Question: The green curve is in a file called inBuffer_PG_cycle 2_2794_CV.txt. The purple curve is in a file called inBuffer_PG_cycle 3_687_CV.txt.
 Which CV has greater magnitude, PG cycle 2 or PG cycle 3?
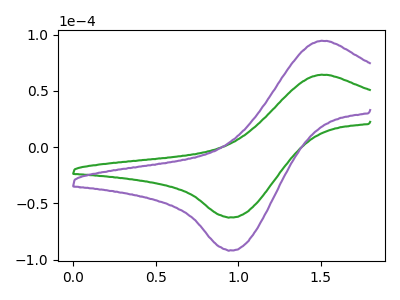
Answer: <think>The green curve "PG cycle 2" has an anodic peak at (1.50V, 64.25uA) and a cathodic peak at (0.95V, -62.40uA). The purple curve "PG cycle 3" has an anodic peak at (1.50V, 94.35uA) and a cathodic peak at (0.95V, -91.65uA).
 All the peaks in "PG cycle 2" have a peak in "PG cycle 3" at the same potential. Every peak in "PG cycle 2" is lower than every peak in "PG cycle 3".</think>
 <answer>"PG cycle 2" has less signal than "PG cycle 3".</answer>
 <eval>less_signal</eval>